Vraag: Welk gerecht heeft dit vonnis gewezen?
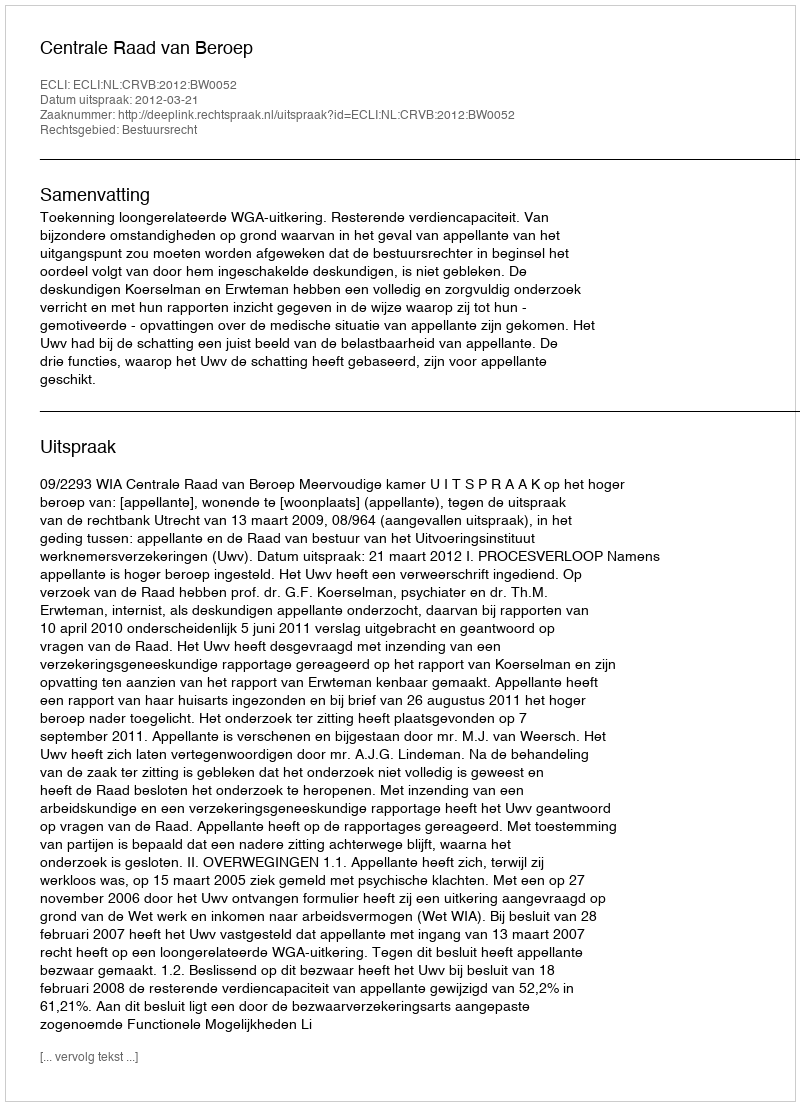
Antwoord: Centrale Raad van Beroep